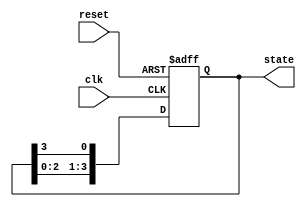
module ring_counter #(
    parameter N = 4  // Number of memory blocks (states)
)(
    input wire clk,          // Clock signal
    input wire reset,        // Asynchronous reset signal
    output reg [N-1:0] state // Output state of the ring counter
);

// Sequential logic for the Ring Counter
always @(posedge clk or posedge reset) begin
    if (reset) begin
        // Initialize the counter to the first state
        state <= 1'b1; // Set the first memory block to '1' and others to '0'
    end else begin
        // Shift the '1' to the next memory block
        state <= {state[N-2:0], state[N-1]};
    end
end

endmodule